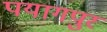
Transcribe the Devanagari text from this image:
पयागपुर